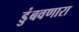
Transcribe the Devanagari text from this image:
डुंबवणारा